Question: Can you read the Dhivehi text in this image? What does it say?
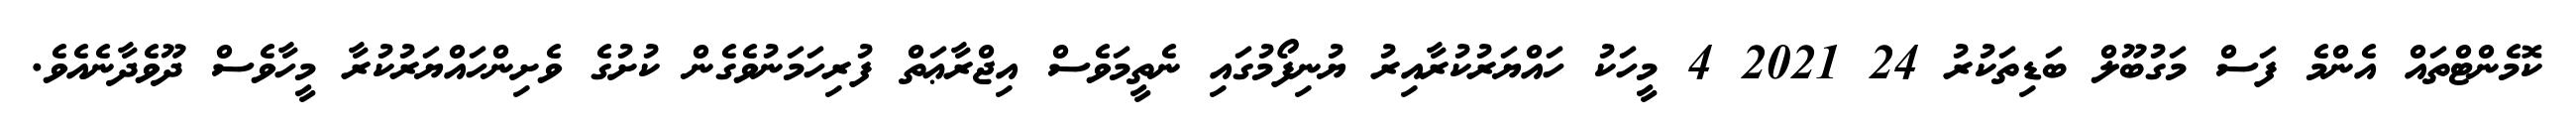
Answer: ކޮމެންޓްތައް އެންމެ ފަސް މަގުބޫލް ބަޑިތަކުރު 24 2021 4 މީހަކު ހައްޔަރުކުރާއިރު ޔުނިފޯމުގައި ނެތީމަވެސް އިޖްރާޢަތް ފުރިހަމަނުވެގެން ކުށުގެ ވެށިންހައްޔަރުކުރާ މީހާވެސް ދޫވެދާނެއެވެ.